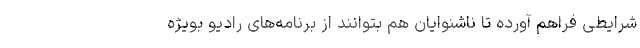
شرایطی فراهم آورده تا ناشنوایان هم بتوانند از برنامه‌های رادیو بویژه